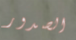
الصدور